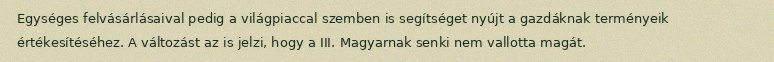
Egységes felvásárlásaival pedig a világpiaccal szemben is segítséget nyújt a gazdáknak terményeik értékesítéséhez. A változást az is jelzi, hogy a III. Magyarnak senki nem vallotta magát.